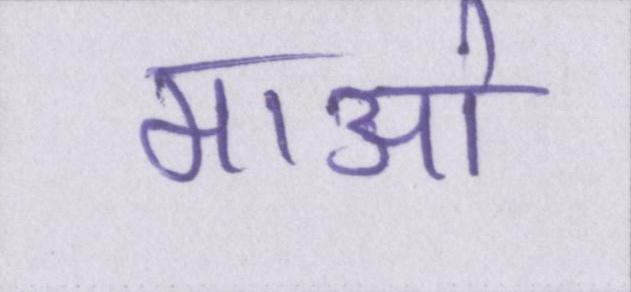
माओ